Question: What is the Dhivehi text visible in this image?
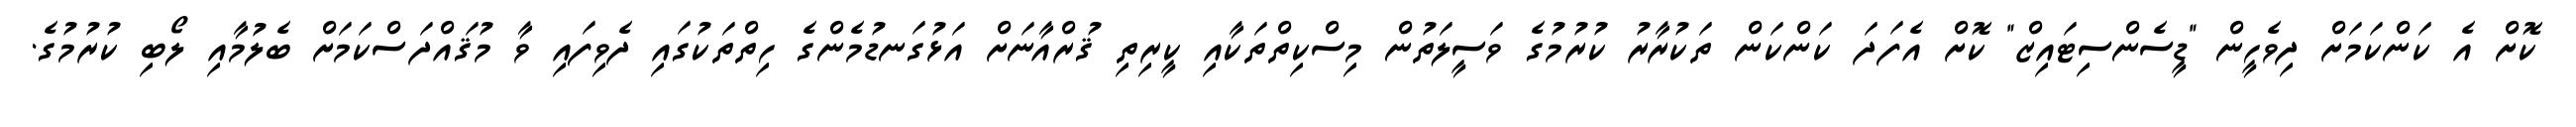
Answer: ކޮށް އެ ކަންކަމަށް ދިވެހީން "ޑީސެންސިޓައިޒް" ކޮށް އެފަދަ ކަންކަން ތަކުރާރު ކުރުމުގެ ވަސީލަތުން މިސްކިތްތަކާއި ކީރިތި ޤުރްއާނަށް އަޅުގަނޑުމެންގެ ހިތްތަކުގައި ދެވިފައި ވާ މުޤައްދަސްކަމަށް ބެލުމާއި ލޯބި ކުރުމުގެ.